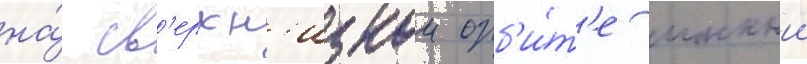
на́ св'ерхн'изкои орб'и́т'е ионныи